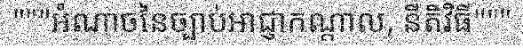
"""អំណាចនៃច្បាប់អាជ្ញាកណ្តាល, នីតិវិធី"""